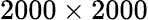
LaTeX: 2000\times 2000